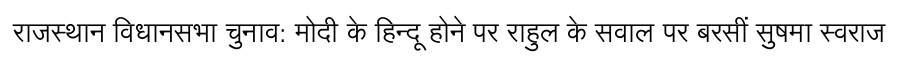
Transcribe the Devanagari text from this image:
राजस्थान विधानसभा चुनाव: मोदी के हिन्दू होने पर राहुल के सवाल पर बरसीं सुषमा स्वराज